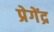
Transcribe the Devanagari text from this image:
प्रेगेंद्र